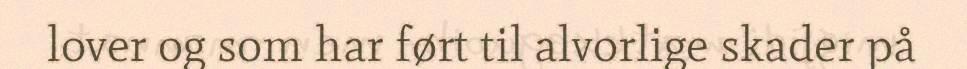
lover og som har ført til alvorlige skader på